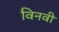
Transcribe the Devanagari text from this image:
विनवी